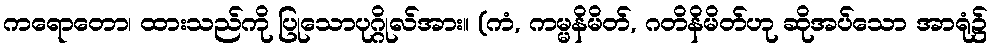
ကရောတော၊ ထားသည်ကို ပြုသောပုဂ္ဂိုလ်အား။ (ကံ, ကမ္မနိမိတ်, ဂတိနိမိတ်ဟု ဆိုအပ်သော အာရုံ၌